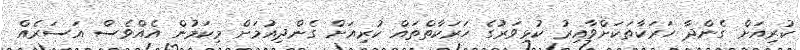
ކުރިއަށް ގެންދާ ހަރަކާތަކަށްވާއިރު ކުޅިވަރުގެ ހަރަކާތްތައް ކުރިއަށް ގެންދިއުމަށް މިކަމުން އެއްވެސް އަސަރެއް